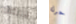
يربطه حرك